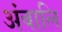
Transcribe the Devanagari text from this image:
अंबालि